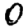
Digit: 0